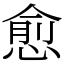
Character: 愈